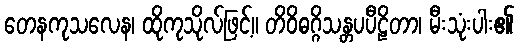
တေနကုသလေန၊ ထိုကုသိုလ်ဖြင့်။ တိဝိဓဂ္ဂိသန္တပပီဠိတာ၊ မီးသုံးပါး၏